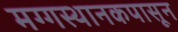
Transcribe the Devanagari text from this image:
मग्गस्थानकपासून